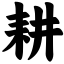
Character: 耕